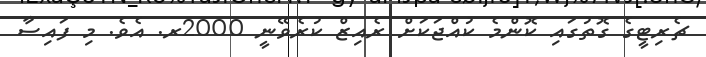
ޗެރިޓީގެ ގޮތުގައި ކޮންމެ ކުއްޖަކަށް ރެއިޒް ކުރެވޭނީ 2000ރ. އެވެ. މި ފައިސާ